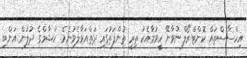
އިހްސާސްތައް ކޮންޓްރޯލް ނުވާނޭ ހީވުމާއެކު ތިރީ ތުންފަތުގައި ދަތްއަޅާލެވުނެވެ. ހުޝާމްގެ ދުލުން އަންބި